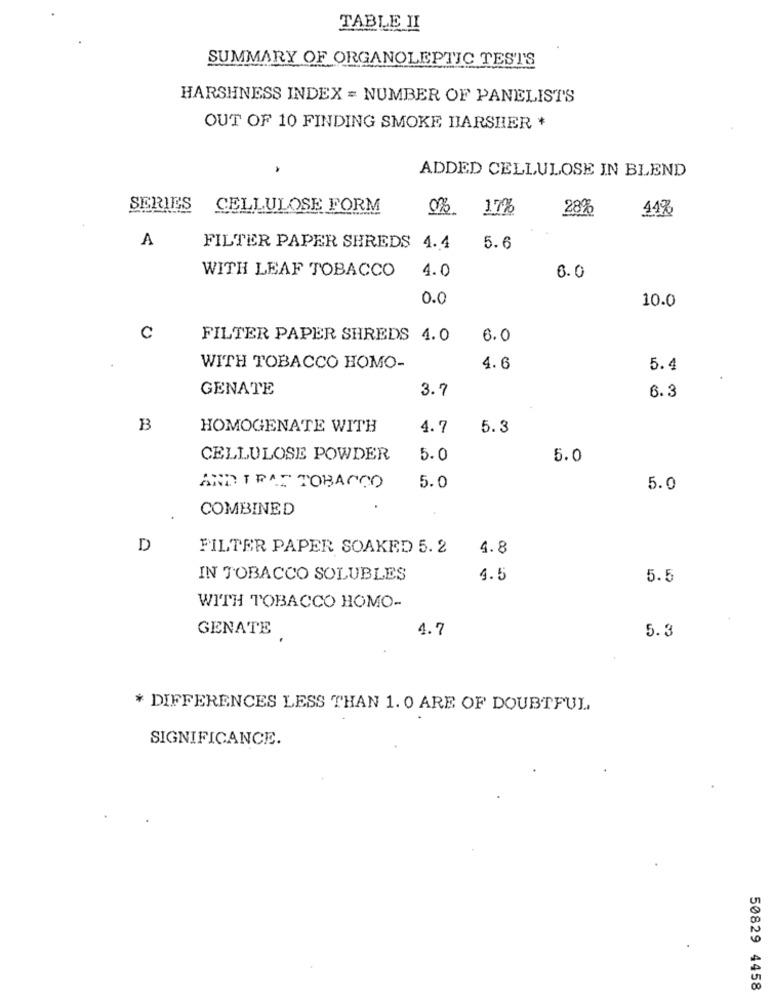
TABLE II
SUMMARY OF ORGANOLEPTIC TESTS
HARSHNESS INDEX = NUMBER OF PANELISTS
OUT OF 10 FINDING SMOKE HARSHER +
ADDED CELLULOSE IN BLEND
SERIES
CELLULOSE FORM
0%
17%
28%
44%
A
FILTER PAPER SHREDS 4.4
5.6
WITH LEAF TOBACCO
4.0
6.0
0.0
10.0
C
FILTER PAPER SHREDS 4.0
6.0
WITH TOBACCO HOMO-
4.6
5.4
GENATE
3.7
6.3
B
HOMOGENATE WITH
4.7
5.3
CELLULOSE POWDER
5.0
5.0
5.0
AND TRAT TOBACCO
5.0
COMBINED
D
FILTER PAPER SOAKED 5. 2
4.8
IN TOBACCO SOLUBLES
4.5
5.5
WITH TOBACCO HOMO-
GENATE
4.7
5.3
* DIFFERENCES LESS THAN 1. 0 ARE OF DOUBTFUL
SIGNIFICANCE.
50829 4458